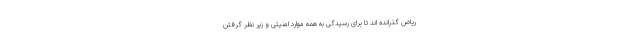
ریاض گذرانده اند تا برای رسیدگی به همه موارد امنیتی و زیر نظر گرفتن